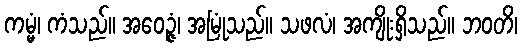
ကမ္မံ၊ ကံသည်။ အဝေဉ္ဇံ၊ အမြုံသည်။ သဖလံ၊ အကျိုးရှိသည်။ ဘဝတိ၊